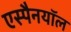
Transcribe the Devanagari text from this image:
एस्पैनयॉल